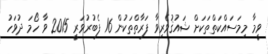
ވީމާ މިމަސައްކަތްތަކަށް ޝައުޤުވެރިވާ ފަރާތްތަކުން 16 ފެބުރުވަރީ 2015 ވާ ހޯމަ ދުވަހު